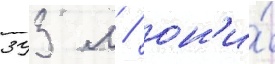
393 м / он'и́